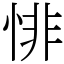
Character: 悱